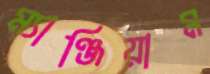
ম্যাঞ্জিয়াম